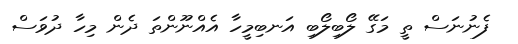
ފެނުނަސް ތީ މަގޭ ލޯބިލޯބި އަނބިމީހާ އެއްނޫންތަ ދެން މިހާ ދުވަސް